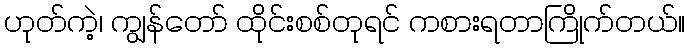
ဟုတ်ကဲ့၊ ကျွန်တော် ထိုင်းစစ်တုရင် ကစားရတာကြိုက်တယ်။